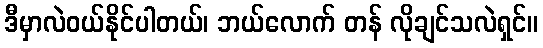
ဒီမှာလဲဝယ်နိုင်ပါတယ်၊ ဘယ်လောက် တန် လိုချင်သလဲရှင်။